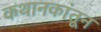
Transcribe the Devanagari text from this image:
कथानकांतून